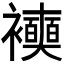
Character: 𧞲